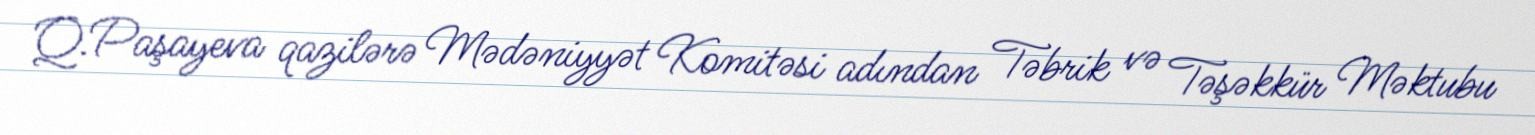
Q.Paşayeva qazilərə Mədəniyyət Komitəsi adından Təbrik və Təşəkkür Məktubu